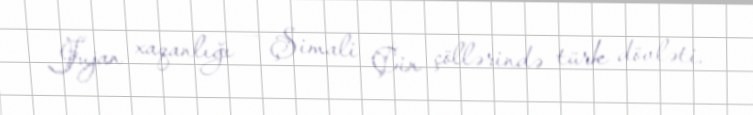
Jujan xaqanlığı — Şimali Çin çöllərində türk dövləti.